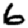
Digit: 6